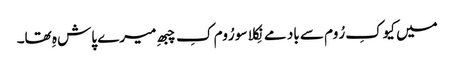
میں کیوکِ رُوم سے باد مے نِکلا سو رُوم کِ چبھِ میرے پاش ہِ تھا۔